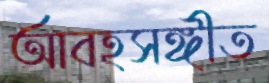
আবহসঙ্গীত